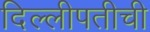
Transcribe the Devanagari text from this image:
दिल्लीपतीची